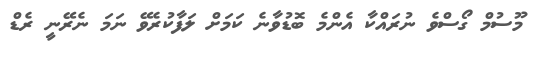
މޫސުމް ގޯސްވެ ނުރައްކާ އެންމެ ބޮޑުވާނެ ކަމަށް ލަފާކުރެވޭ ނަމަ ނެރޭނީ ރެޑް